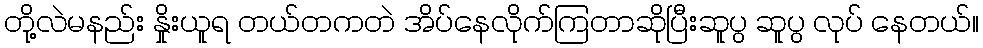
တို့လဲမနည်း နှိုးယူရ တယ်တကတဲ အိပ်နေလိုက်ကြတာဆိုပြီးဆူပွ ဆူပွ လုပ် နေတယ်။